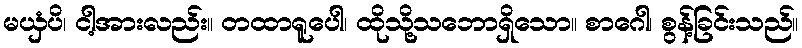
မယှံပိ၊ ငါ့အားလည်း။ တထာရူပေါ၊ ထိုသို့သဘောရှိသော။ စာဂေါ၊ စွန့်ခြင်းသည်။